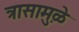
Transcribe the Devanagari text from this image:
त्रासामु़ळे